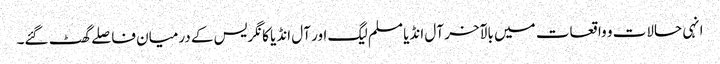
انہی حالات و واقعات میں بالآخر آل انڈیا مسلم لیگ اور آل انڈیا کانگریس کے درمیان فاصلے گھٹ گئے۔